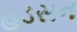
હડસન